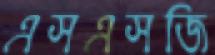
এসএসজি